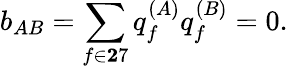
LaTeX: b_{AB}=\sum_{f\in{\mathbf 27}}q_{f}^{(A)}q_{f}^{(B)}=0.